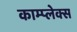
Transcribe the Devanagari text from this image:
काम्‍प्‍लेक्स